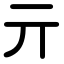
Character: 亓